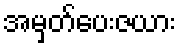
အမှတ်ပေးဇယား